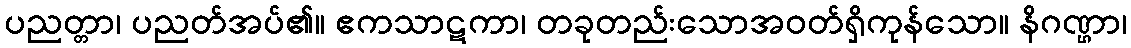
ပညတ္တာ၊ ပညတ်အပ်၏။ ဧကသာဋကာ၊ တခုတည်းသောအဝတ်ရှိကုန်သော။ နိဂဏ္ဌာ၊